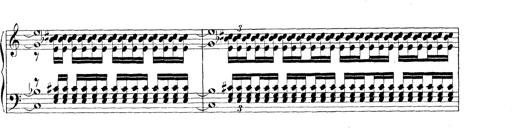
Title: Technische Studien
Composer: Franz Liszt